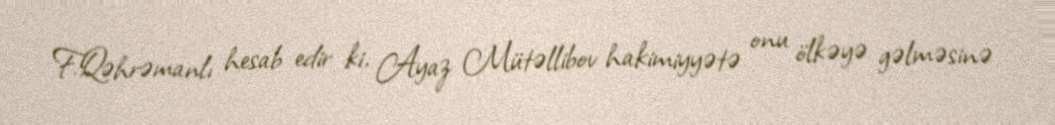
F.Qəhrəmanlı hesab edir ki, Ayaz Mütəllibov hakimiyyətə onu ölkəyə gəlməsinə